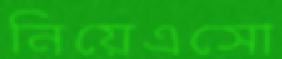
নিয়েএসো